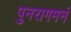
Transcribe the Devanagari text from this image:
पुनरागमनं